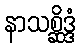
နာသစ္ဆိဒ္ဒံ